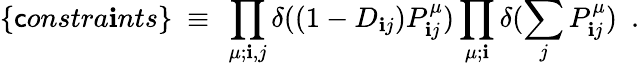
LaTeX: \{ \mathsf{c}onstra\mathbf{i}nts\} ~\equiv~\prod_{\mu;\mathbf{i},j}\delta((1-D_{\mathbf{i}j})P_{\mathbf{i}j}^{\mu})\prod_{\mu;\mathbf{i}}\delta(\sum_{j}P_{\mathbf{i}j}^{\mu})~~.